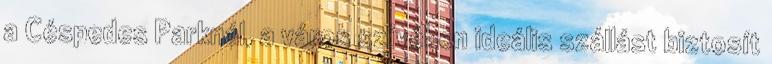
a Céspedes Parknál, a város szívében ideális szállást biztosít